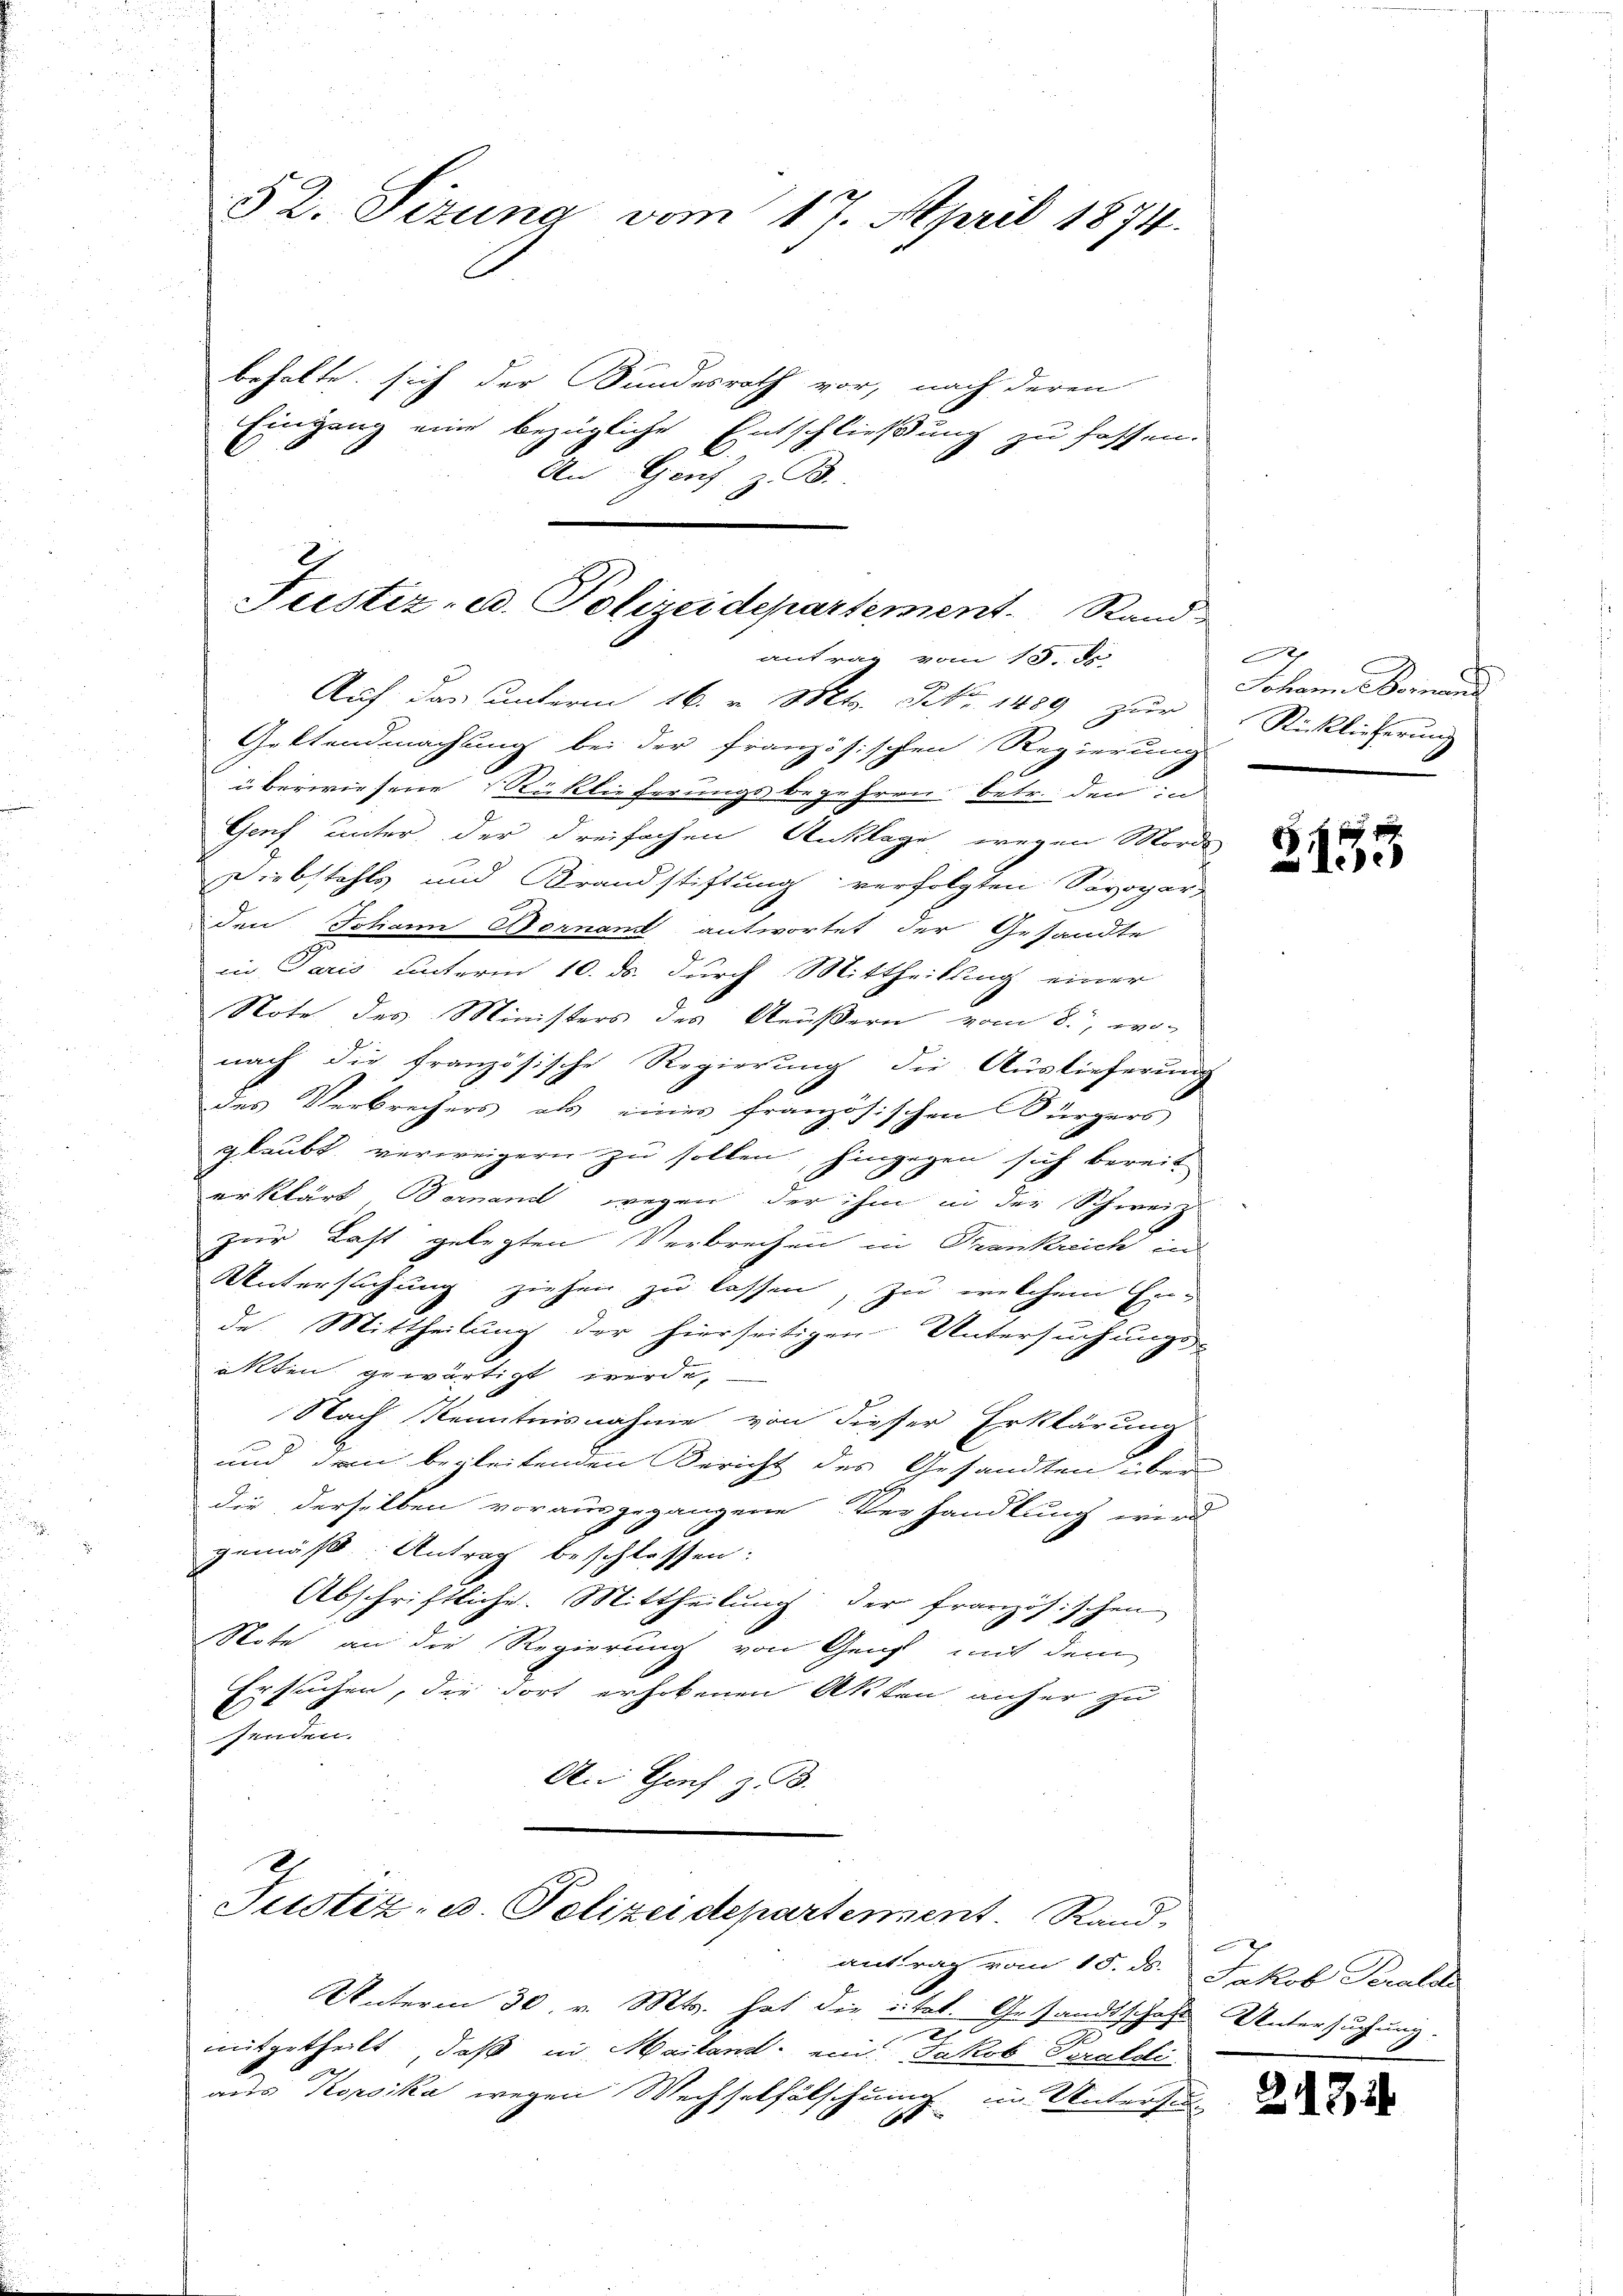
52. Sitzung vom 17. April 1874.

behalte sich der Bundesrath vor, nach deren
Eingang eine bezügliche Entschließung
" zu fassen. |
An Genf z. B.

Justiz- u. Polizeidepartement. Rand-
antrag vom 15. J

Auf das unterm 16. v. Mts. No. 1489 zur
Geltendmachung bei der französischen Regierung
u
überwiesene Rücklieferungsbegehren betr. den in
Genf unter der dreifachen Anklage wegen Morde
Diebstahls und Brandstiftung verfolgten Sivogar,
den Johann Bornand antwortet der Gesandte
cin Paris unterm 10. ds. durch Mittheilung einer
Note des Ministers des Aeußern vom 8. wo
nach die französische Regierung die Auslieferung
des Verbrechers als eines französischen Bürgers
glaubt verweigern zu sollen, hingegen sich bereit
erklärt, Dornannt wegen der ihm in der Schweiz.
zur Last gelegten Verbrechen in Trankreich in
Untersuchung ziehen zu lassen, zu welchem Ein-
de. Mittheilung der hierseitigen Untersuchungs-
altten gewärtigt werde,
Nach Kenntnisnahme von dieser Erklärung
und den begleitenden Bericht des Gesandten über
die derselben vorausgegangene Verhandlung wird
gemäß Antrag beschlossen:
Abschriftliche. Mittheilung der französischen
Note an die Regierung von Genf mit dem
Ersuchen, die dort erhobenen Akten anher zu
senden.
An Choch z. B.

.
Justiz- u. Polizeidepartement. Rand-

antrag vom 15. d. Jakob Seralde

Unterm 30. Mts. hat die stet. Gesandtschaft Untersuchung.
2
mitgetheilt, daß in Mailand ein Jakob Paraldi
aus Korsika wegen Wechselfälschung im Untersu
1

|
Johann einand
Rücklicherung

2153

21326